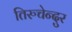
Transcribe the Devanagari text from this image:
तिरुचेन्दुर